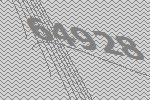
64928